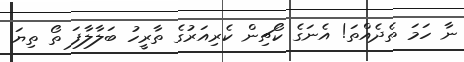
ނާ ހަމަ ތެދެއްތަ! އެނަގެ ކޯޗިން ކެރިއަރުގެ ތާރީހު ބަލާލާފަ ތޯ ތިޔަ